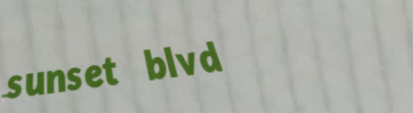
sunset blvd